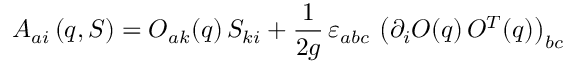
A _ { a i } \left( q , S \right) = O _ { a k } ( q ) \, S _ { k i } + \frac { 1 } { 2 g } \, \varepsilon _ { a b c } \, \left( \partial _ { i } O ( q ) \, O ^ { T } ( q ) \right) _ { b c }